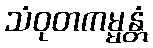
သံဝုတကမ္မန္တံ